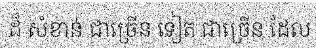
ដ៏ សំខាន់ ជាច្រើន ទៀត ជាច្រើន ដែល